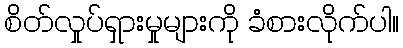
စိတ်လှုပ်ရှားမှုများကို ခံစားလိုက်ပါ။